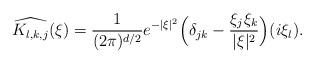
LaTeX: \begin{align*}\widehat{K_{l, k, j}}(\xi) = \frac{1}{(2\pi)^{d/2}}e^{-|\xi|^2}\Big(\delta_{jk} - \frac{\xi_j\xi_k}{|\xi|^2}\Big)(i\xi_l).\end{align*}